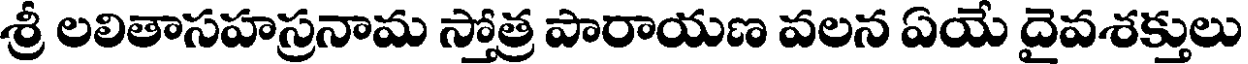
శ్రీ లలితాసహస్రనామ స్తోత్ర పారాయణ వలన ఏయే దైవశక్తులు